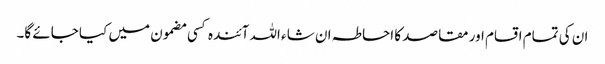
ان کی تمام اقسام اور مقاصد کا احاطہ ان شا ء اللہ آئندہ کسی مضمون میں کیا جائے گا۔